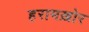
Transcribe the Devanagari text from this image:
हरामख़ोर